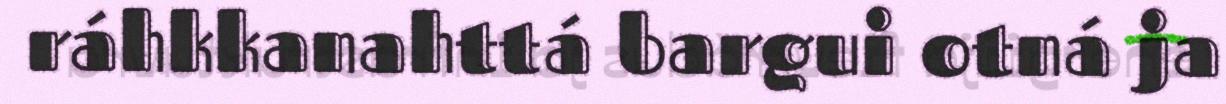
ráhkkanahttá bargui otná ja